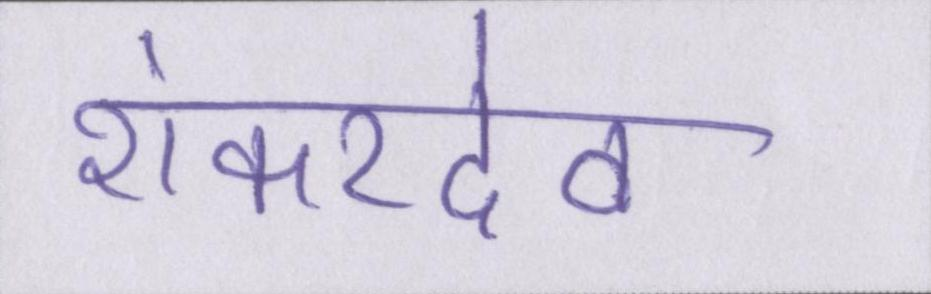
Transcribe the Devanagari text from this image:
शंकरदेव